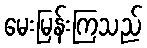
မေးမြန်းကြသည်